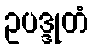
ဥပဒ္ဒုတံ